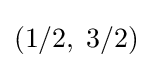
(1/2,\;3/2)